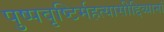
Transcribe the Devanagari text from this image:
पुष्पवृष्टिर्महत्यासीद्दिव्यानां